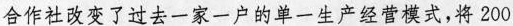
合作社改变了过去一家一户的单一生产经营模式，将200